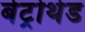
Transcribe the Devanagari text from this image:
बेट्रोथेड